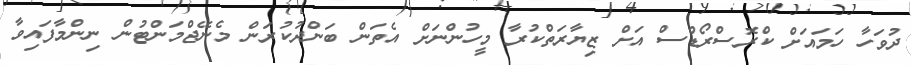
ދުވަހާ ހަމައަށް ކްރޮސްރޯޑްސް އަށް ޒިޔާރަތްކުރާ މީހުންނަށް އެތަން ބަންދުކުރަން މެނޭޖްމަންޓުން ނިންމާފައިވާ